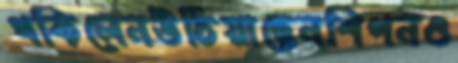
থকিলেনউঠিয়াছেনশিপনও